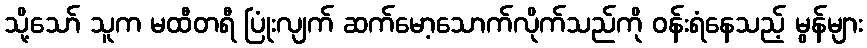
သို့သော် သူက မထီတရီ ပြုံးလျက် ဆက်မော့သောက်လိုက်သည်ကို ဝန်းရံနေသည့် မွန်များ